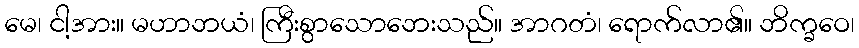
မေ၊ ငါ့အား။ မဟာဘယံ၊ ကြီးစွာသောဘေးသည်။ အာဂတံ၊ ရောက်လာ၏။ ဘိက္ခဝေ၊